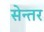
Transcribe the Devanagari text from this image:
सेन्तर